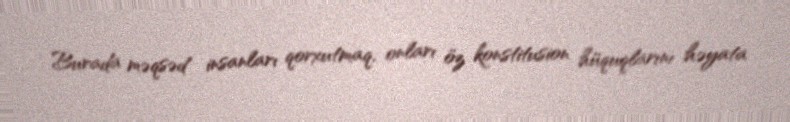
Burada məqsəd insanları qorxutmaq, onları öz konstitusion hüquqlarını həyata